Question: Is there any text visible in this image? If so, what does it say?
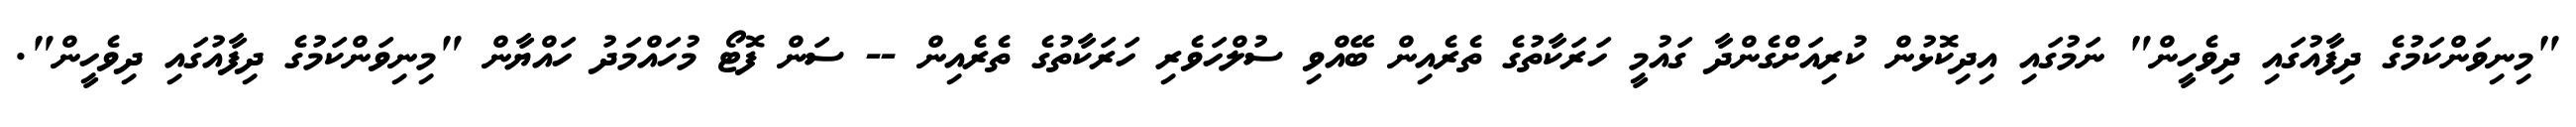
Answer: "މިނިވަންކަމުގެ ދިފާއުގައި ދިވެހީން" ނަމުގައި އިދިކޮޅުން ކުރިއަށްގެންދާ ގައުމީ ހަރަކާތުގެ ތެރެއިން ބޭއްވި ސުލްހަވެރި ހަރަކާތުގެ ތެރެއިން -- ސަން ފޮޓޯ މުހައްމަދު ހައްޔާން "މިނިވަންކަމުގެ ދިފާއުގައި ދިވެހީން".